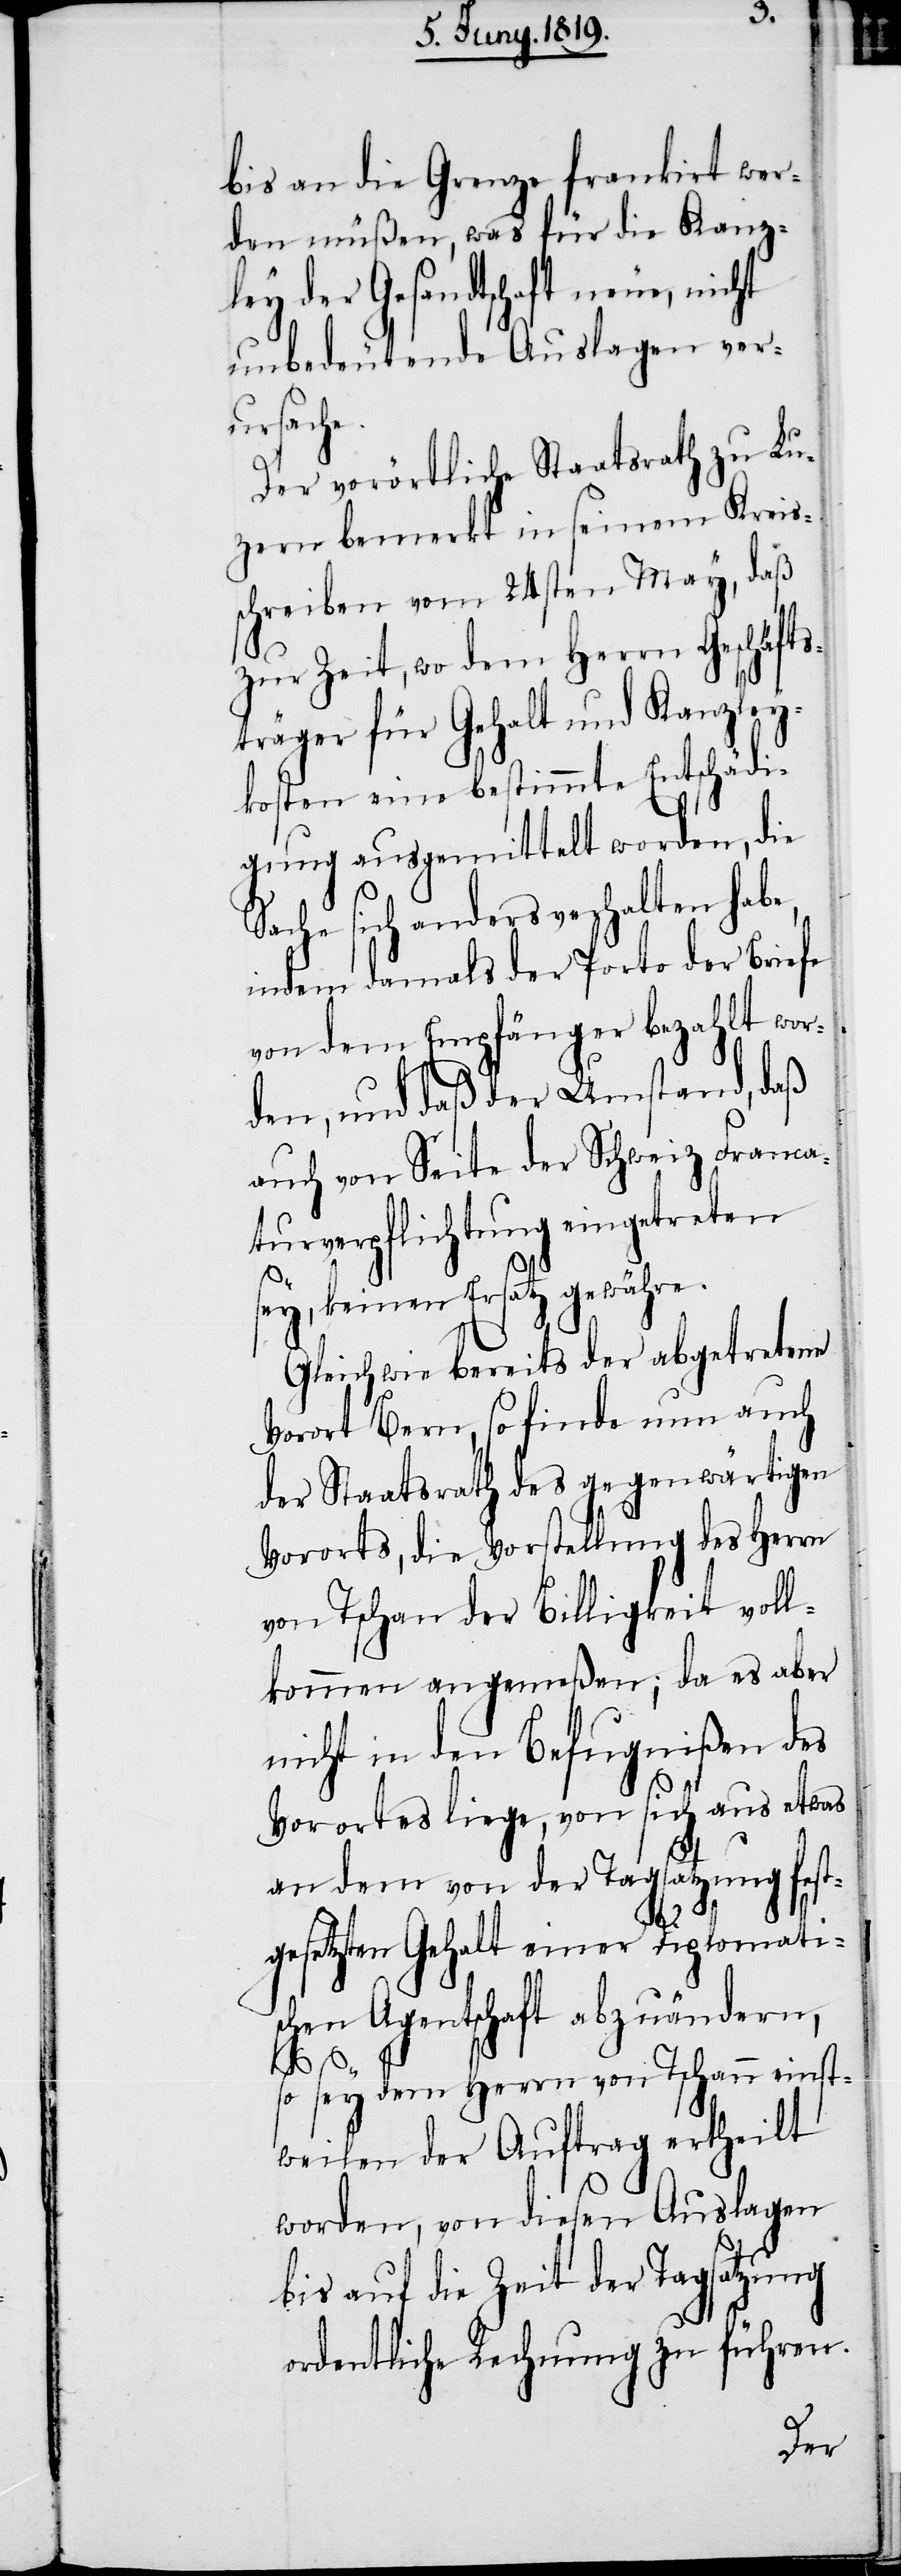
bis an die Grenze frankirt wer¬
den müßen, was für die Kanz¬
ley der Gesandtschaft neue, nicht
unbedeutende Auslagen ver¬
ursache.
Der vorörtliche Staatsrath zu Lu¬
zern bemerkt in seinem Kreis¬
schreiben vom 24sten May, daß
zur Zeit, wo dem Herrn Geschäfts¬
träger für Gehalt und Kanzley¬
kosten eine bestimmte Entschädi¬
gung ausgemittelt worden, die
Sache sich anders verhalten habe,
indem damals der Porto der Briefe
von dem Empfänger bezahlt wor¬
den, und daß der Umstand, daß
auch von Seite der Schweiz Franca¬
turverpflichtung eingetreten
sey, keinen Ersatz gewähre.
Gleich wie bereits der abgetretene
Vorort Bern, so finde nun auch
der Staatsrath des gegenwärtigen
Vororts, die Vorstellung des Herrn
han [sic!] der Billigkeit voll¬
kommen angemeßen; da es aber
nicht in den Befugnißen des
Vorortes liege, von sich aus etwas
an dem von der Tagsatzung fest¬
gesetzten Gehalt einer Diplomati¬
schen Agentschaft abzuändern,
Tsc¬
so sey dem Herrn von Tschann einst¬
weilen der Auftrag ertheilt
worden, von diesen Auslagen
bis auf die Zeit der Tagsatzung
ordentliche Rechnung zu führen.